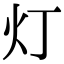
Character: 灯